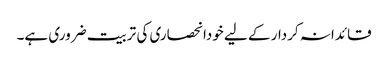
قائدانہ کردار کے لیے خودانحصاری کی تربیت ضروری ہے۔